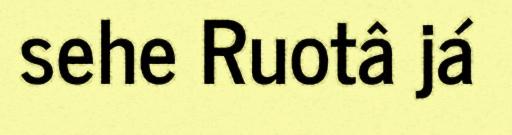
sehe Ruotâ já